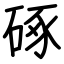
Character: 硺